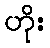
ဟိုး